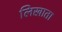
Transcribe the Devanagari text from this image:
लिखाता